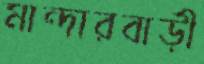
মান্দারবাড়ী